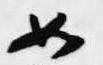
如